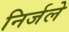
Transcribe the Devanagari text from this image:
निर्जले